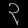
Digit: ၃